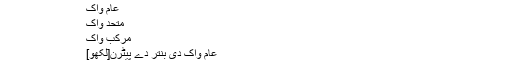
اس پرکار بنتر دے پدھر تے پنجابی بولی دے واکاں نوں تن حصےآں وچ ونڈیا گیا اے :-
عام واک
متحد واک
مرکب واک
عام واک دی بنتر دے پیٹرن[لکھو]
عام واک وچ صرف اک سوماتحت اپواک ہندا اے ۔